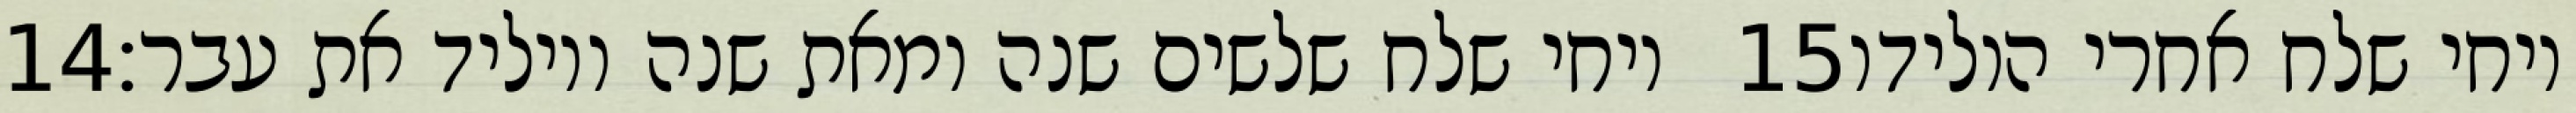
‎14‏ ויחי שלח שלשים שנה ומאת שנה ויוליד את עבר׃ ‎15‏ ויחי שלח אחרי הולידו